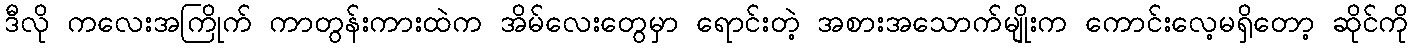
ဒီလို ကလေးအကြိုက် ကာတွန်းကားထဲက အိမ်လေးတွေမှာ ရောင်းတဲ့ အစားအသောက်မျိုးက ကောင်းလေ့မရှိတော့ ဆိုင်ကို